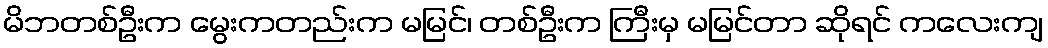
မိဘတစ်ဦးက မွေးကတည်းက မမြင်၊ တစ်ဦးက ကြီးမှ မမြင်တာ ဆိုရင် ကလေးကျ